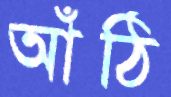
আঁঠি